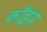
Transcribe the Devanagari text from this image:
कॉइम